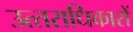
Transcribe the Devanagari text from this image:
उत्‍तराधिकारों